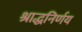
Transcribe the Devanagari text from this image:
श्राद्धनिर्णय